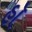
હૉ